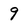
Character: 9